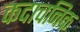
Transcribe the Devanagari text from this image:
कदाचनिक